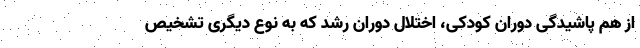
از هم پاشیدگی دوران کودکی، اختلال دوران رشد که به نوع دیگری تشخیص